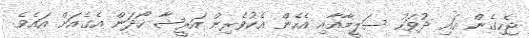
ޖެހިގެން އައި ދުވަހު ސަލީމާއާއި އެހެން އެކުވެރިން އަރީޝާ ހޯދަން އެގެއަށް އައެވެ.